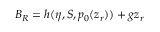
{ \cal B } _ { R } = h ( \eta , S , p _ { 0 } ( z _ { r } ) ) + g z _ { r }